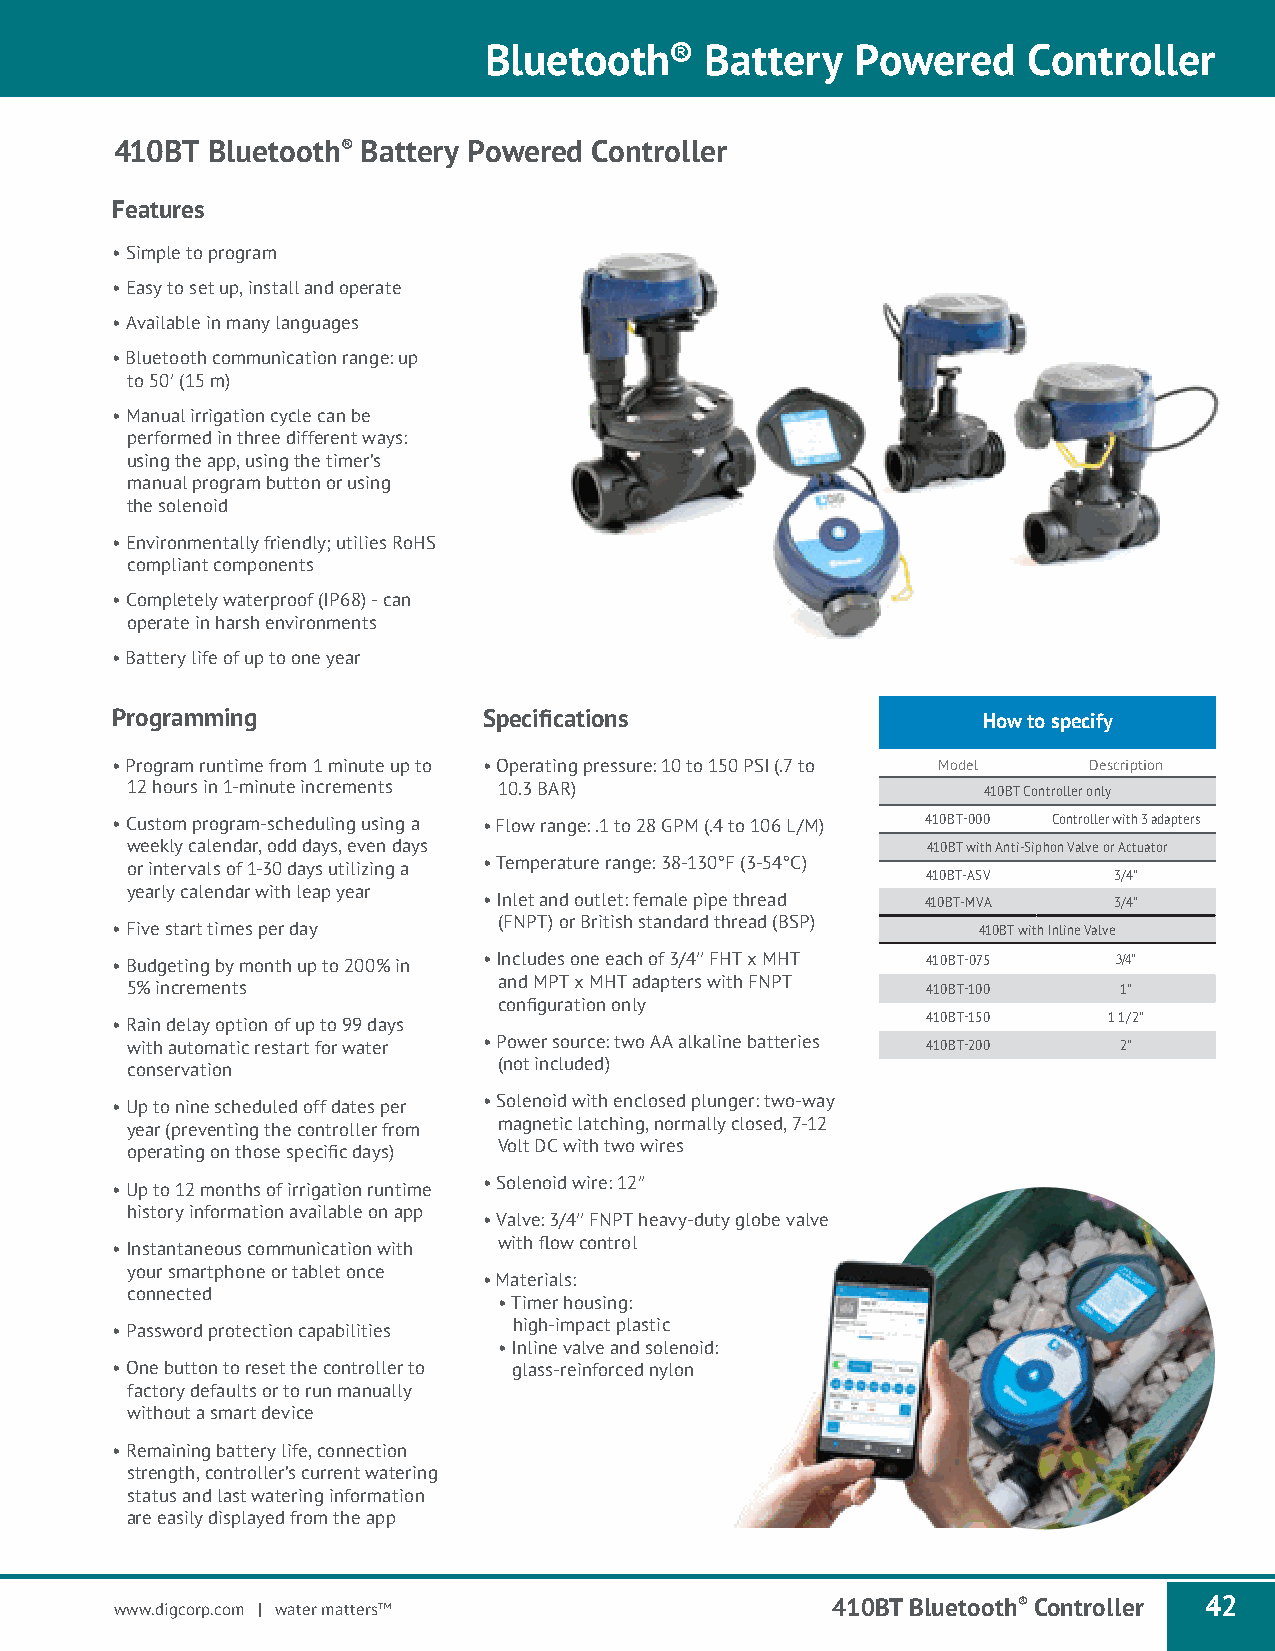
Bluetooth®     Battery   Powered    Controller
 410BT Bluetooth® Battery Powered Controller
 Features
 • Simple to program
 • Easy to set up, install and operate
 • Available in many languages
 • Bluetooth communication range: up
 to 50′ (15 m)
 • Manual irrigation cycle can be
 performed in three different ways:
 using the app, using the timer’s
 manual program button or using
 the solenoid
 • Environmentally friendly; utilies RoHS
 compliant components
 • Completely waterproof (IP68) - can
 operate in harsh environments
 • Battery life of up to one year
 Programming              Specifications                   How to specify
 • Program runtime from 1 minute up to • Operating pressure: 10 to 150 PSI (.7 to Model Description
 12 hours in 1-minute increments 10.3 BAR)                410BT Controller only
 • Custom program-scheduling using a • Flow range: .1 to 28 GPM (.4 to 106 L/M) 410BT-000 Controller with 3 adapters
 weekly calendar, odd days, even days                 410BT with Anti-Siphon Valve or Actuator
 or intervals of 1-30 days utilizing a • Temperature range: 38-130°F (3-54°C)
 410BT-ASV    3/4″
 yearly calendar with leap year
 • Inlet and outlet: female pipe thread 410BT-MVA 3/4″
 • Five start times per day (FNPT) or British standard thread (BSP) 410BT with Inline Valve
 • Budgeting by month up to 200% in • Includes one each of 3/4′′ FHT x MHT 410BT-075 3/4″
 5% increments            and MPT x MHT adapters with FNPT 410BT-100 1″
 configuration only
 • Rain delay option of up to 99 days                  410BT-150   1 1/2″
 with automatic restart for water • Power source: two AA alkaline batteries 410BT-200 2″
 conservation             (not included)
 • Up to nine scheduled off dates per • Solenoid with enclosed plunger: two-way
 year (preventing the controller from magnetic latching, normally closed, 7-12
 operating on those specific days) Volt DC with two wires
 • Up to 12 months of irrigation runtime • Solenoid wire: 12′′
 history information available on app
 • Valve: 3/4′′ FNPT heavy-duty globe valve
 • Instantaneous communication with with flow control
 your smartphone or tablet once
 • Materials:
 connected
 • Timer housing:
 • Password protection capabilities high-impact plastic
 • Inline valve and solenoid:
 • One button to reset the controller to glass-reinforced nylon
 factory defaults or to run manually
 without a smart device
 • Remaining battery life, connection
 strength, controller’s current watering
 status and last watering information
 are easily displayed from the app
 www.digcorp.com | water matters™               410BT Bluetooth® Controller 42